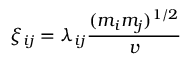
\xi _ { i j } = \lambda _ { i j } \frac { ( m _ { i } m _ { j } ) ^ { 1 / 2 } } { v }